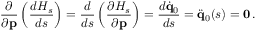
\frac { \partial } { \partial { \bf p } } \left( \frac { d { \cal H } _ { s } } { d s } \right) = \frac { d } { d s } \left( \frac { \partial { \cal H } _ { s } } { \partial { \bf p } } \right) = \frac { d \dot { \bf q } _ { 0 } } { d s } = \ddot { \bf q } _ { 0 } ( s ) = { \bf 0 } \, .